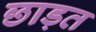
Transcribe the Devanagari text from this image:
छाड़त